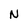
Character: N